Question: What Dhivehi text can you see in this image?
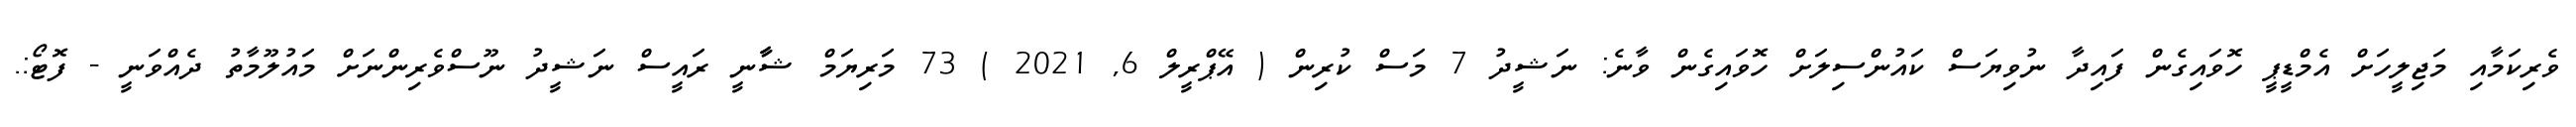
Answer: ވެރިކަމާއި މަޖިލީހަށް އެމްޑީޕީ ހޮވައިގެން ފައިދާ ނުވިޔަސް ކައުންސިލަށް ހޮވައިގެން ވާނެ: ނަޝީދު 7 މަސް ކުރިން ( އޭޕްރީލް 6, 2021 ) 73 މަރިޔަމް ޝާާނީ ރައީސް ނަޝީދު ނޫސްވެރިންނަށް މައުލޫމާތު ދެއްވަނީ - ފޮޓޯ:.